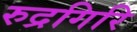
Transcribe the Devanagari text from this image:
रुद्रगिरि